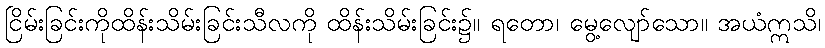
ငြိမ်းခြင်းကိုထိန်းသိမ်းခြင်းသီလကို ထိန်းသိမ်းခြင်း၌။ ရတော၊ မွေ့လျော်သော။ အယံဣသိ၊